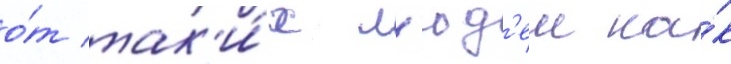
о́т так'и́х л'юд'еи ка́к